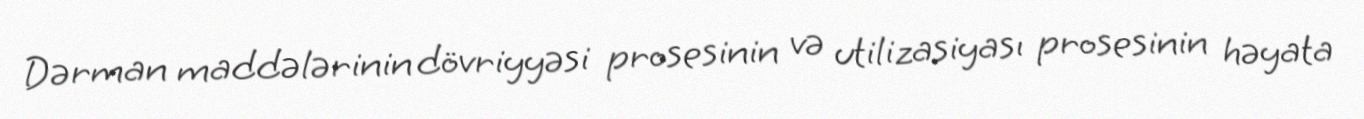
Dərman maddələrinin dövriyyəsi prosesinin və utilizasiyası prosesinin həyata